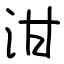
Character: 泔